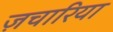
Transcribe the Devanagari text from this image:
ज़चारिया